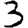
Digit: 3